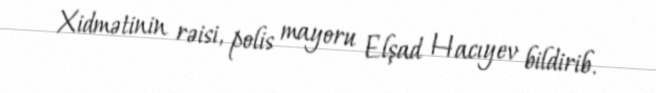
Xidmətinin rəisi, polis mayoru Elşad Hacıyev bildirib.